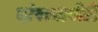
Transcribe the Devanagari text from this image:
दांपत्यापोटी